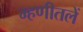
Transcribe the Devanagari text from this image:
म्हणीतलें